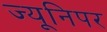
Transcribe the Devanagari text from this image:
ज्यूनिपर